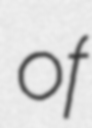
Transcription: of